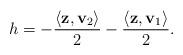
LaTeX: \begin{align*}h = -\frac{\langle \mathbf{z}, \mathbf{v}_2 \rangle }2 -\frac{\langle \mathbf{z}, \mathbf{v}_1 \rangle }2.\end{align*}